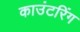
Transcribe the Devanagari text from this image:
काउंटरिंग